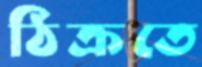
ঠিক্‌রতে